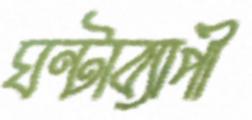
ঘন্টাব্যাপী